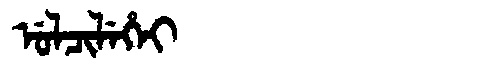
Manchu: ᡠᠯᠴᡳᠯᡝᡥᡝᡳ
Romanization: ULCILEHEI